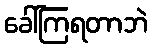
ခေါ်ကြရတာဘဲ